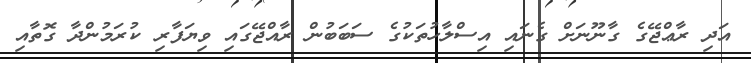
އަދި ރާޢްޖޭގެ ގާނޫނަށް ގެނައި އިސްލާހުތަކުގެ ސަބަބުން ރާއްޖޭގައި ވިޔަފާރި ކުރަމުންދާ ގޮތާއި